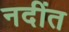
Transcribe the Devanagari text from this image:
नदींत